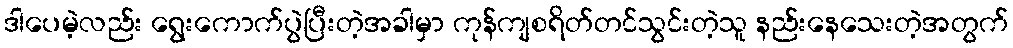
ဒါပေမဲ့လည်း ရွေးကောက်ပွဲပြီးတဲ့အခါမှာ ကုန်ကျစရိတ်တင်သွင်းတဲ့သူ နည်းနေသေးတဲ့အတွက်